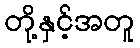
တို့နှင့်အတူ